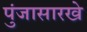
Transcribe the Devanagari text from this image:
पुंजासारखे